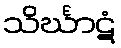
သိင်္ဃာဋံ